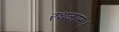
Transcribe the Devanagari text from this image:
रथकारः।